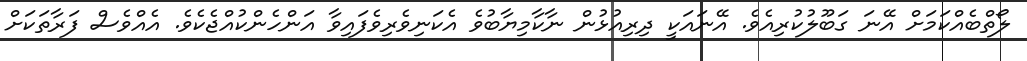
ލޯތްބެއްކަމަށް އޭނަ ގަބޫލުކުރިއެވެ. އޭނައަކީ ދިރިއުޅުން ނާކާމިޔާބުވެ އެކަނިވެރިވެފައިވާ އަންހެންކުއްޖެކެވެ. އެއްވެސް ފަރާތަކަށް